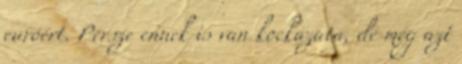
euróért. Persze ennek is van kockázata, de még azt